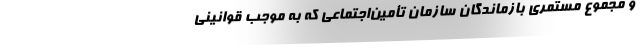
و مجموع مستمری بازماندگان سازمان تأمین‌اجتماعی که به موجب قوانینی